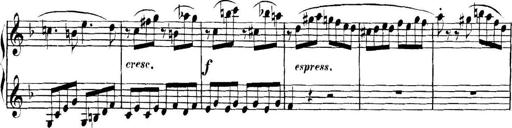
Title: Collected Piano Sonatas
Composer: Muzio Clementi